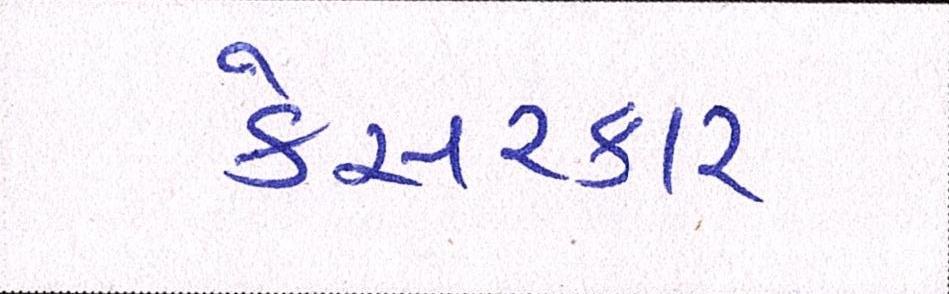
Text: કેસરકાર